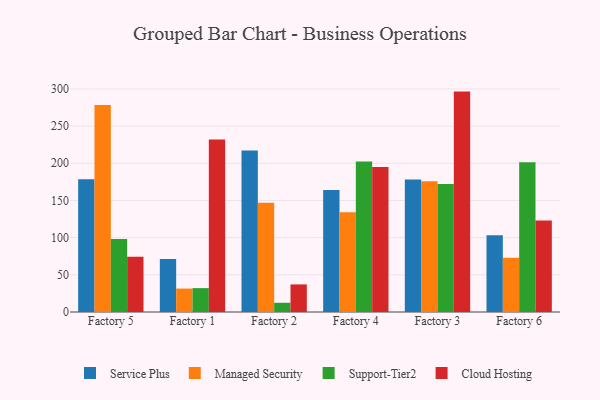
{"axis": {"x": "Factory", "y": "Churn Rate (%)"}, "legend": ["Cloud Hosting", "Managed Security", "Service Plus", "Support-Tier2"], "data": [{"x": "Factory 5", "y": 178.6, "type": "Service Plus"}, {"x": "Factory 5", "y": 278.3, "type": "Managed Security"}, {"x": "Factory 5", "y": 98.3, "type": "Support-Tier2"}, {"x": "Factory 5", "y": 74.2, "type": "Cloud Hosting"}, {"x": "Factory 1", "y": 71.3, "type": "Service Plus"}, {"x": "Factory 1", "y": 31.5, "type": "Managed Security"}, {"x": "Factory 1", "y": 32.1, "type": "Support-Tier2"}, {"x": "Factory 1", "y": 232.1, "type": "Cloud Hosting"}, {"x": "Factory 2", "y": 217.1, "type": "Service Plus"}, {"x": "Factory 2", "y": 146.8, "type": "Managed Security"}, {"x": "Factory 2", "y": 12.4, "type": "Support-Tier2"}, {"x": "Factory 2", "y": 37.1, "type": "Cloud Hosting"}, {"x": "Factory 4", "y": 164.2, "type": "Service Plus"}, {"x": "Factory 4", "y": 134.2, "type": "Managed Security"}, {"x": "Factory 4", "y": 202.3, "type": "Support-Tier2"}, {"x": "Factory 4", "y": 195.0, "type": "Cloud Hosting"}, {"x": "Factory 3", "y": 178.1, "type": "Service Plus"}, {"x": "Factory 3", "y": 176.0, "type": "Managed Security"}, {"x": "Factory 3", "y": 172.1, "type": "Support-Tier2"}, {"x": "Factory 3", "y": 296.4, "type": "Cloud Hosting"}, {"x": "Factory 6", "y": 103.2, "type": "Service Plus"}, {"x": "Factory 6", "y": 73.0, "type": "Managed Security"}, {"x": "Factory 6", "y": 201.5, "type": "Support-Tier2"}, {"x": "Factory 6", "y": 123.1, "type": "Cloud Hosting"}]}